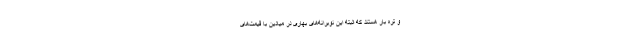
و تره بار هستند که البته این نوبرانه‌های بهاری در میادین با قیمت‌های